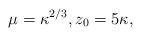
LaTeX: \begin{align*} \mu = \kappa^{2/3}, z_0=5\kappa, \end{align*}